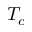
T _ { c }